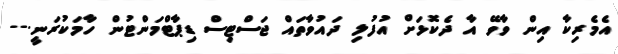
އެމެރިކާ އިން ވާވޭ އާ ދެކޮޅަށް އުފުލި ދައުވާތައް ޖަސްޓިސް ޑިޕާޓްމަންޓުން ހާމަކުރަނީ.--